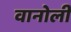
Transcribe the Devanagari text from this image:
वानोली